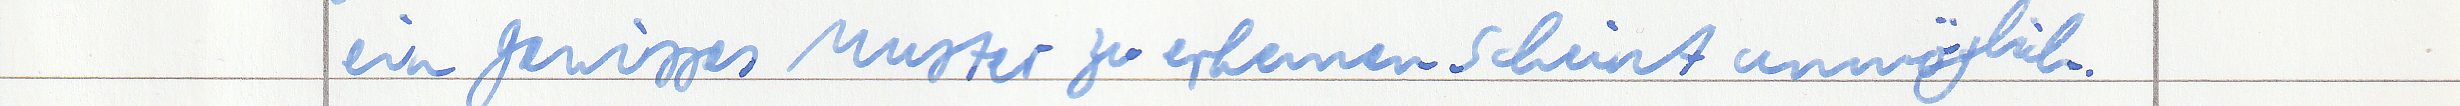
ein gewisses Muster zu erkennen scheint unmöglich.